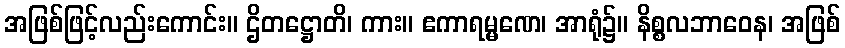
အဖြစ်ဖြင့်လည်းကောင်း။ ဌိတဋ္ဌောတိ၊ ကား။ ဧကာရမ္မဏေ၊ အာရုံ၌။ နိစ္စလဘာဝေန၊ အဖြစ်